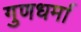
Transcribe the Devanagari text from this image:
गुणधर्मा